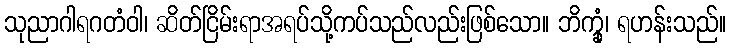
သုညာဂါရဂတံဝါ၊ ဆိတ်ငြိမ်းရာအရပ်သို့ကပ်သည်လည်းဖြစ်သော။ ဘိက္ခုံ၊ ရဟန်းသည်။